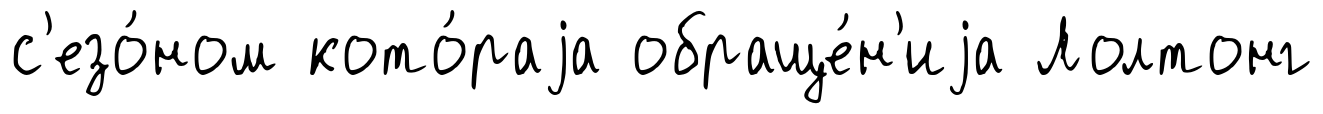
с'езо́ном кото́раjа обраще́н'иjа Лолтонг